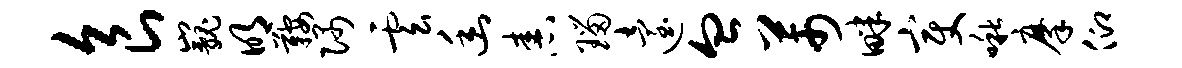
食巍明鞍隅云幽舂瑙迨血芾畔变啾摩仰